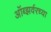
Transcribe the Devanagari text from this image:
ऑब्झर्वरच्या